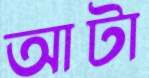
আটা